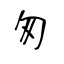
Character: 匆